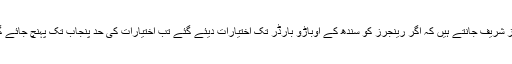
نواز شریف جانتے ہیں کہ اگر رینجرز کو سندھ کے اوباڑو بارڈر تک اختیارات دیئے گئے تب اختیارات کی حد پنجاب تک پہنچ جائے گی۔